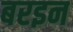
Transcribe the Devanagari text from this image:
बरइन